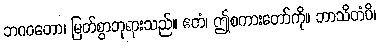
ဘဂဝတော၊ မြတ်စွာဘုရားသည်။ ဧတံ၊ ဤစကားတော်ကို။ ဘာသိတံပိ၊